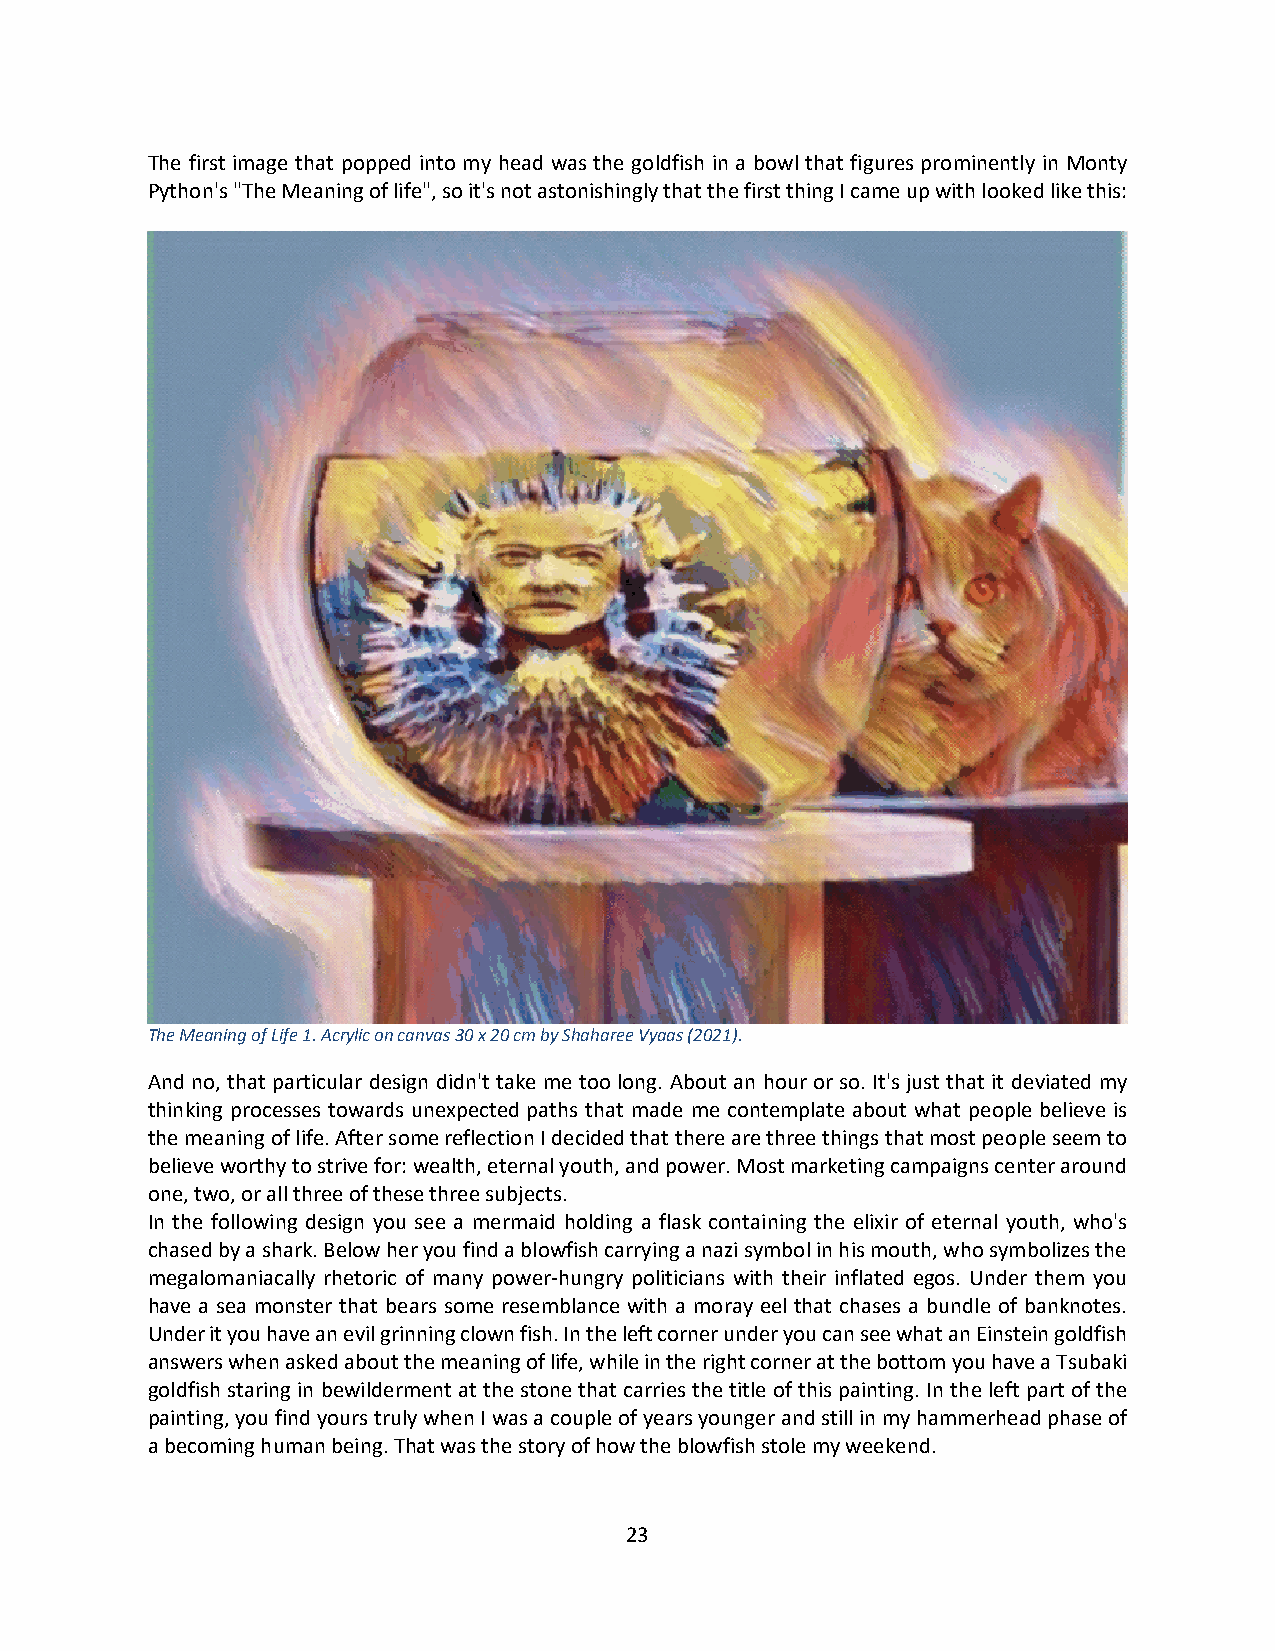
The first image that popped into my head was the goldfish in a bowl that figures prominently in Monty
 Python's "The Meaning of life", so it's not astonishingly that the first thing I came up with looked like this:
 The Meaning of Life 1. Acrylic on canvas 30 x 20 cm by Shaharee Vyaas (2021).
 And no, that particular design didn't take me too long. About an hour or so. It's just that it deviated my
 thinking processes towards unexpected paths that made me contemplate about what people believe is
 the meaning of life. After some reflection I decided that there are three things that most people seem to
 believe worthy to strive for: wealth, eternal youth, and power. Most marketing campaigns center around
 one, two, or all three of these three subjects.
 In the following design you see a mermaid holding a flask containing the elixir of eternal youth, who's
 chased by a shark. Below her you find a blowfish carrying a nazi symbol in his mouth, who symbolizes the
 megalomaniacally rhetoric of many power-hungry politicians with their inflated egos. Under them you
 have a sea monster that bears some resemblance with a moray eel that chases a bundle of banknotes.
 Under it you have an evil grinning clown fish. In the left corner under you can see what an Einstein goldfish
 answers when asked about the meaning of life, while in the right corner at the bottom you have a Tsubaki
 goldfish staring in bewilderment at the stone that carries the title of this painting. In the left part of the
 painting, you find yours truly when I was a couple of years younger and still in my hammerhead phase of
 a becoming human being. That was the story of how the blowfish stole my weekend.
 23